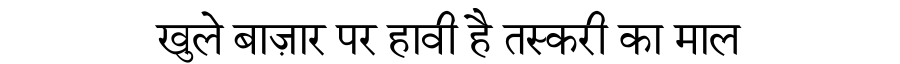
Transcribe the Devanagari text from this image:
खुले बाज़ार पर हावी है तस्करी का माल